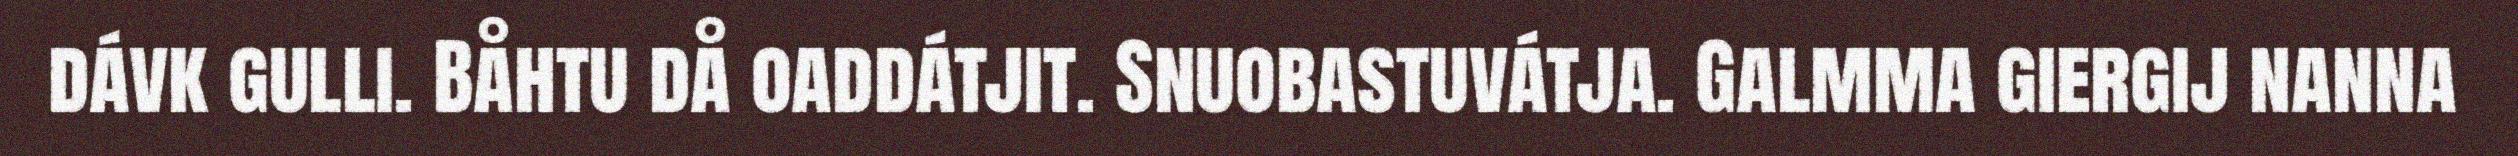
dávk gulli. Båhtu då oaddátjit. Snuobastuvátja. Galmma giergij nanna